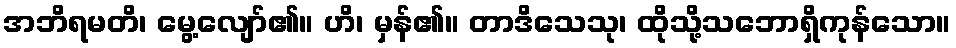
အဘိရမတိ၊ မွေ့လျော်၏။ ဟိ၊ မှန်၏။ တာဒိသေသု၊ ထိုသို့သဘောရှိကုန်သော။